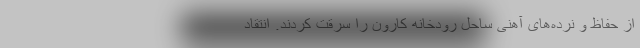
از حفاظ و نرده‌های آهنی ساحل رودخانه کارون را سرقت کردند. انتقاد